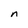
Character: n